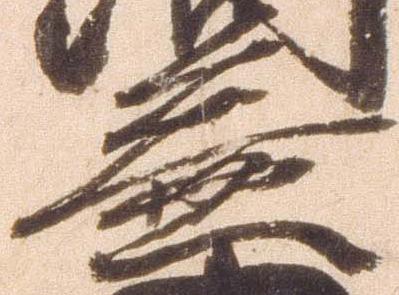
益